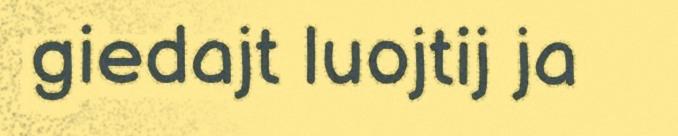
giedajt luojtij ja